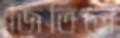
জিতিলে